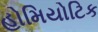
હોમિયોટિક